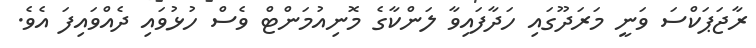
ރާޖަޕަކްސަ ވަނީ މަރަދޫގައި ހަދާފައިވާ ލަންކާގެ މޮނިއުމަންޓް ވެސް ހުޅުވައި ދެއްވައިފަ އެވެ.